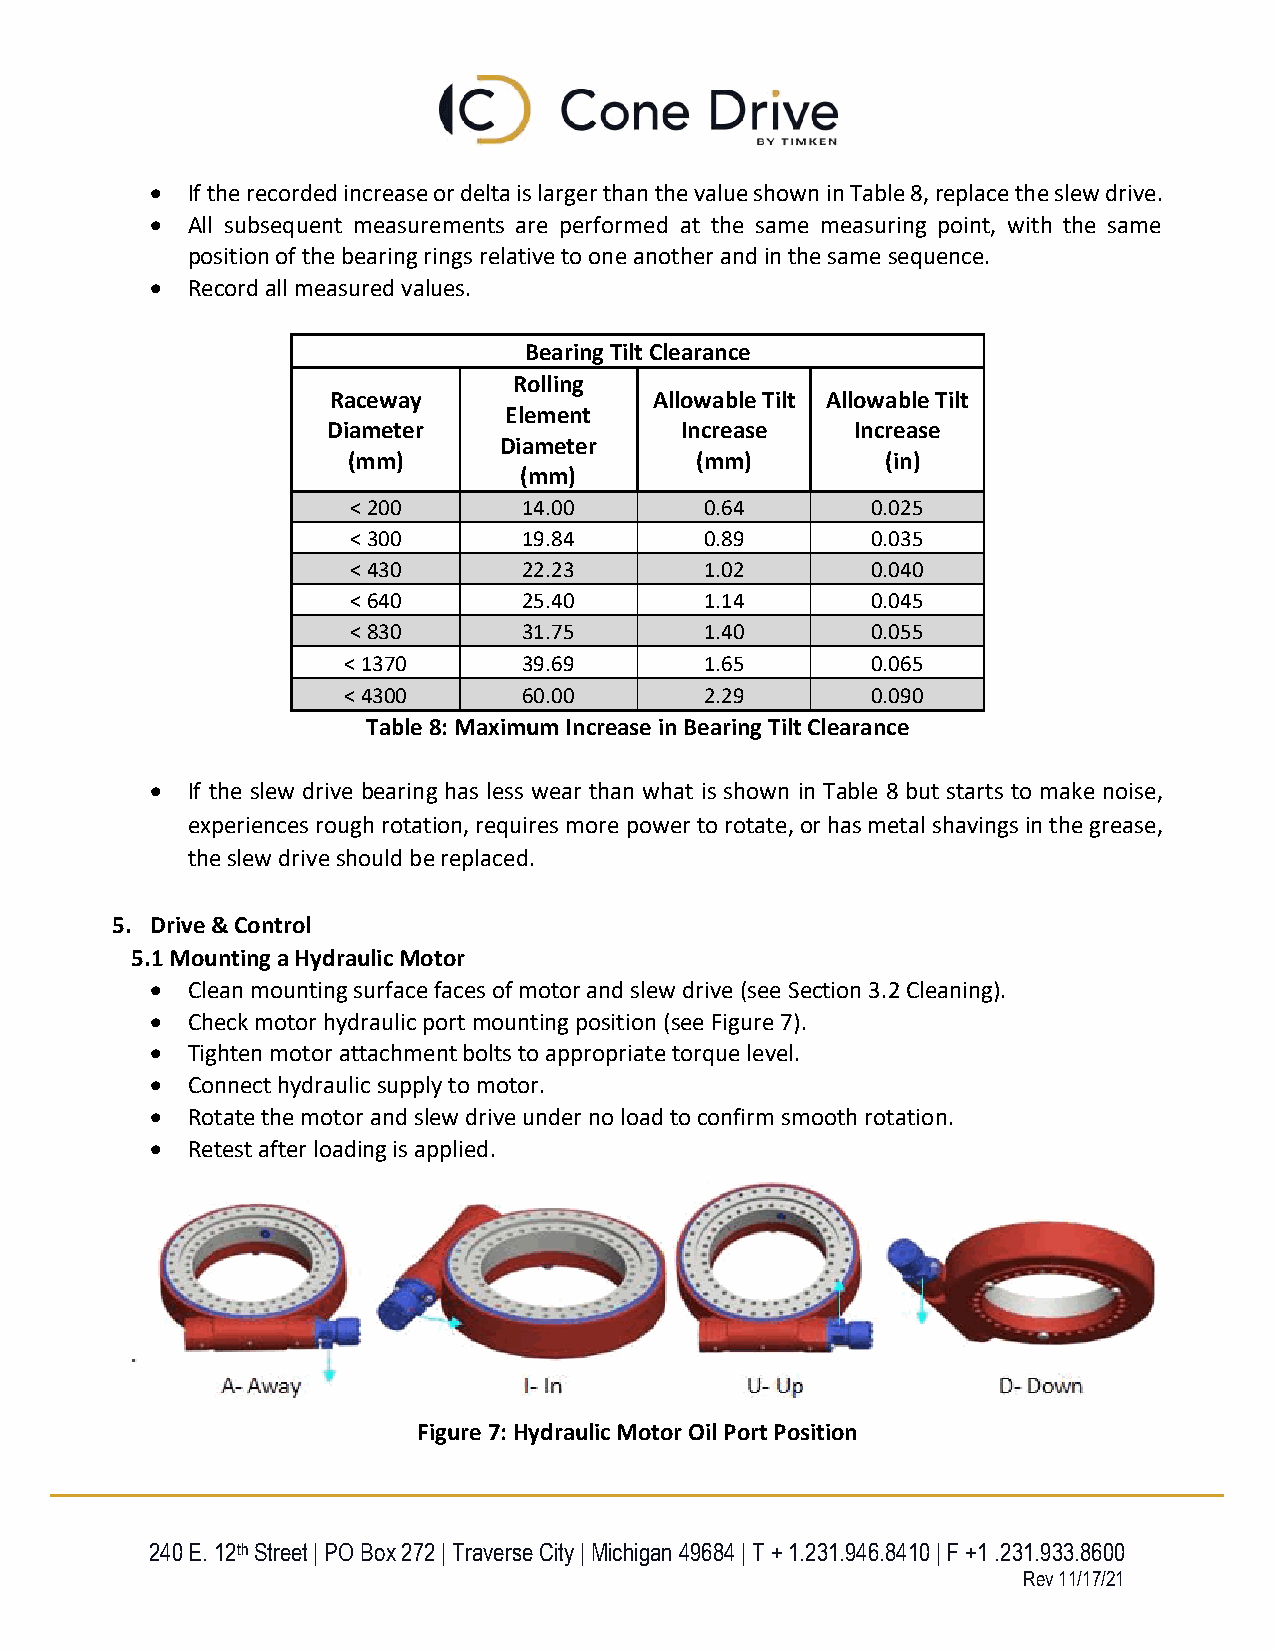
 If the recorded increase or delta is larger than the value shown in Table 8, replace the slew drive.
  All subsequent measurements are performed at the same measuring point, with the same
 position of the bearing rings relative to one another and in the same sequence.
  Record all measured values.
 Bearing Tilt Clearance
 Rolling
 Raceway              Allowable Tilt Allowable Tilt
 Element
 Diameter               Increase    Increase
 Diameter
 (mm)                   (mm)         (in)
 (mm)
 < 200       14.00       0.64       0.025
 < 300       19.84       0.89       0.035
 < 430       22.23       1.02       0.040
 < 640       25.40       1.14       0.045
 < 830       31.75       1.40       0.055
 < 1370      39.69       1.65       0.065
 < 4300      60.00       2.29       0.090
 Table 8: Maximum Increase in Bearing Tilt Clearance
  If the slew drive bearing has less wear than what is shown in Table 8 but starts to make noise,
 experiences rough rotation, requires more power to rotate, or has metal shavings in the grease,
 the slew drive should be replaced.
 5. Drive & Control
 5.1 Mounting a Hydraulic Motor
  Clean mounting surface faces of motor and slew drive (see Section 3.2 Cleaning).
  Check motor hydraulic port mounting position (see Figure 7).
  Tighten motor attachment bolts to appropriate torque level.
  Connect hydraulic supply to motor.
  Rotate the motor and slew drive under no load to confirm smooth rotation.
  Retest after loading is applied.
 Figure 7: Hydraulic Motor Oil Port Position
 240 E. 12th Street | PO Box 272 | Traverse City | Michigan 49684 | T + 1.231.946.8410 | F +1 .231.933.8600
 Rev 11/17/21